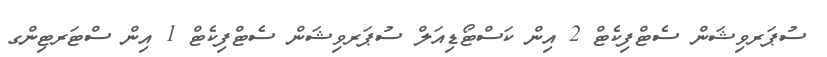
ސުޕަރވިޝަން ސެޓްފިކެޓް 2 އިން ކަސްޓޯޑިއަލް ސުޕަރވިޝަން ސެޓްފިކެޓް 1 އިން ސްޓަރޓިންގ